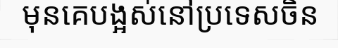
មុនគេបង្អស់នៅប្រទេសចិន